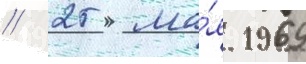
// 25 ма́я 1969